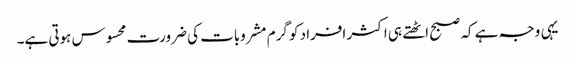
یہی وجہ ہے کہ صبح اٹھتے ہی اکثر افراد کو گرم مشروبات کی ضرورت محسوس ہوتی ہے۔